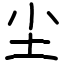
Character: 尘